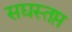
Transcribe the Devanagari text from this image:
सद्यस्तप्त